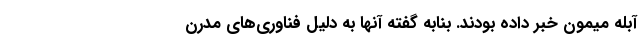
آبله میمون خبر داده بودند. بنابه گفته آنها به دلیل فناوری‌های مدرن